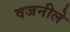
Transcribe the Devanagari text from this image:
वजनीले